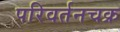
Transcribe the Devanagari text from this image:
परिवर्तनचक्र